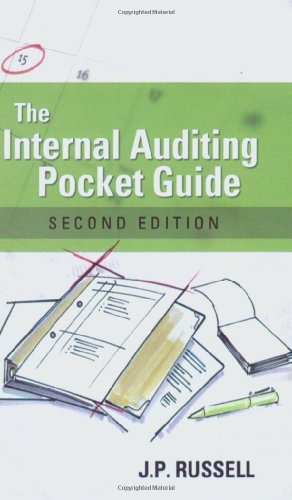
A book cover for The Internal Auditing Pocket Guide: Preparing, Performing, Reporting and Follow-up, Second Edition; J.P. Russell; Business & Money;